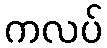
ကလပ်